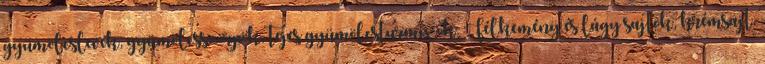
gyümölcslevek, gyümölcsszörpök, tejes gyümölcsturmixok. Félkemény és lágy sajtok, krémsajt,